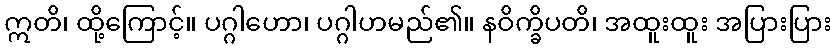
ဣတိ၊ ထို့ကြောင့်။ ပဂ္ဂါဟော၊ ပဂ္ဂါဟမည်၏။ နဝိက္ခိပတိ၊ အထူးထူး အပြားပြား